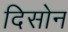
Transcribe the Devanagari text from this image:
दिसोन